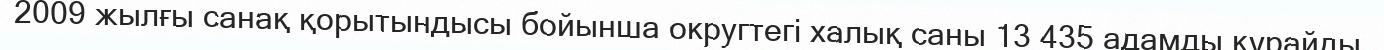
2009 жылғы санақ қорытындысы бойынша округтегі халық саны 13 435 адамды құрайды.